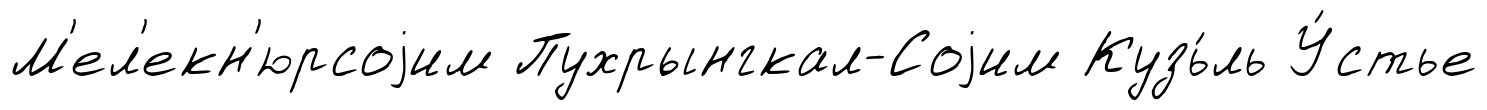
М'ел'екн'юрсоjим Пухрынгкал-Соjим Кузь́ль У́стье